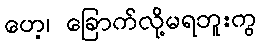
ဟေ့၊ ခြောက်လို့မရဘူးကွ